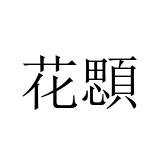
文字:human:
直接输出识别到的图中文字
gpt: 花顋